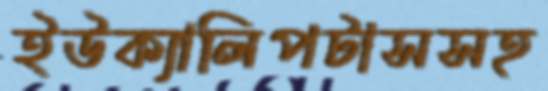
ইউক্যালিপটাসসহ